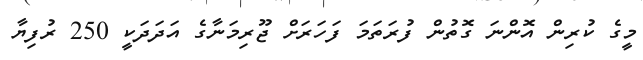
މީގެ ކުރިން އޮންނަ ގޮތުން ފުރަތަމަ ފަހަރަށް ޖޫރިމަނާގެ އަދަދަކީ 250 ރުފިޔާ